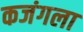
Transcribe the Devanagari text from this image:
कजंगला